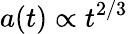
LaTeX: a(t)\propto t^{2/3}